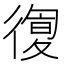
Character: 𢕛